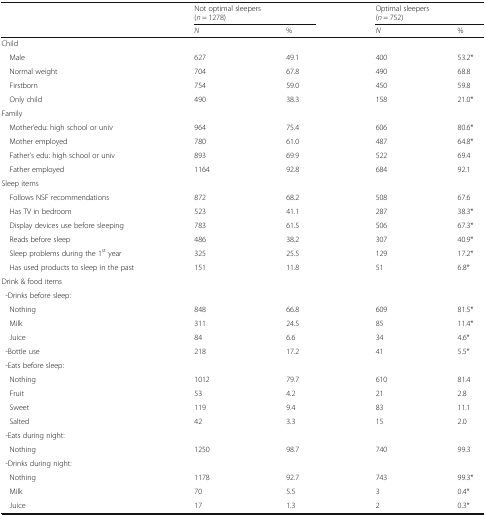
|  | <COLSPAN=2> Not optimal sleepers(n = 1278) | <COLSPAN=2> Optimal sleepers(n = 752) |
 |  | N | % | N | % |
 | --- | --- | --- | --- | --- |
 | <COLSPAN=5> Child |
 | Male | 627 | 49.1 | 400 | 53.2* |
 | Normal weight | 704 | 67.8 | 490 | 68.8 |
 | Firstborn | 754 | 59.0 | 450 | 59.8 |
 | Only child | 490 | 38.3 | 158 | 21.0* |
 | <COLSPAN=5> Family |
 | Mother’edu: high school or univ | 964 | 75.4 | 606 | 80.6* |
 | Mother employed | 780 | 61.0 | 487 | 64.8* |
 | Father’s edu: high school or univ | 893 | 69.9 | 522 | 69.4 |
 | Father employed | 1164 | 92.8 | 684 | 92.1 |
 | <COLSPAN=5> Sleep items |
 | Follows NSF recommendations | 872 | 68.2 | 508 | 67.6 |
 | Has TV in bedroom | 523 | 41.1 | 287 | 38.3* |
 | Display devices use before sleeping | 783 | 61.5 | 506 | 67.3* |
 | Reads before sleep | 486 | 38.2 | 307 | 40.9* |
 | Sleep problems during the 1st year | 325 | 25.5 | 129 | 17.2* |
 | Has used products to sleep in the past | 151 | 11.8 | 51 | 6.8* |
 | <COLSPAN=5> Drink & food items |
 | <COLSPAN=5> -Drinks before sleep: |
 | Nothing | 848 | 66.8 | 609 | 81.5* |
 | Milk | 311 | 24.5 | 85 | 11.4* |
 | Juice | 84 | 6.6 | 34 | 4.6* |
 | -Bottle use | 218 | 17.2 | 41 | 5.5* |
 | <COLSPAN=5> -Eats before sleep: |
 | Nothing | 1012 | 79.7 | 610 | 81.4 |
 | Fruit | 53 | 4.2 | 21 | 2.8 |
 | Sweet | 119 | 9.4 | 83 | 11.1 |
 | Salted | 42 | 3.3 | 15 | 2.0 |
 | <COLSPAN=5> -Eats during night: |
 | Nothing | 1250 | 98.7 | 740 | 99.3 |
 | <COLSPAN=5> -Drinks during night: |
 | Nothing | 1178 | 92.7 | 743 | 99.3* |
 | Milk | 70 | 5.5 | 3 | 0.4* |
 | Juice | 17 | 1.3 | 2 | 0.3* |